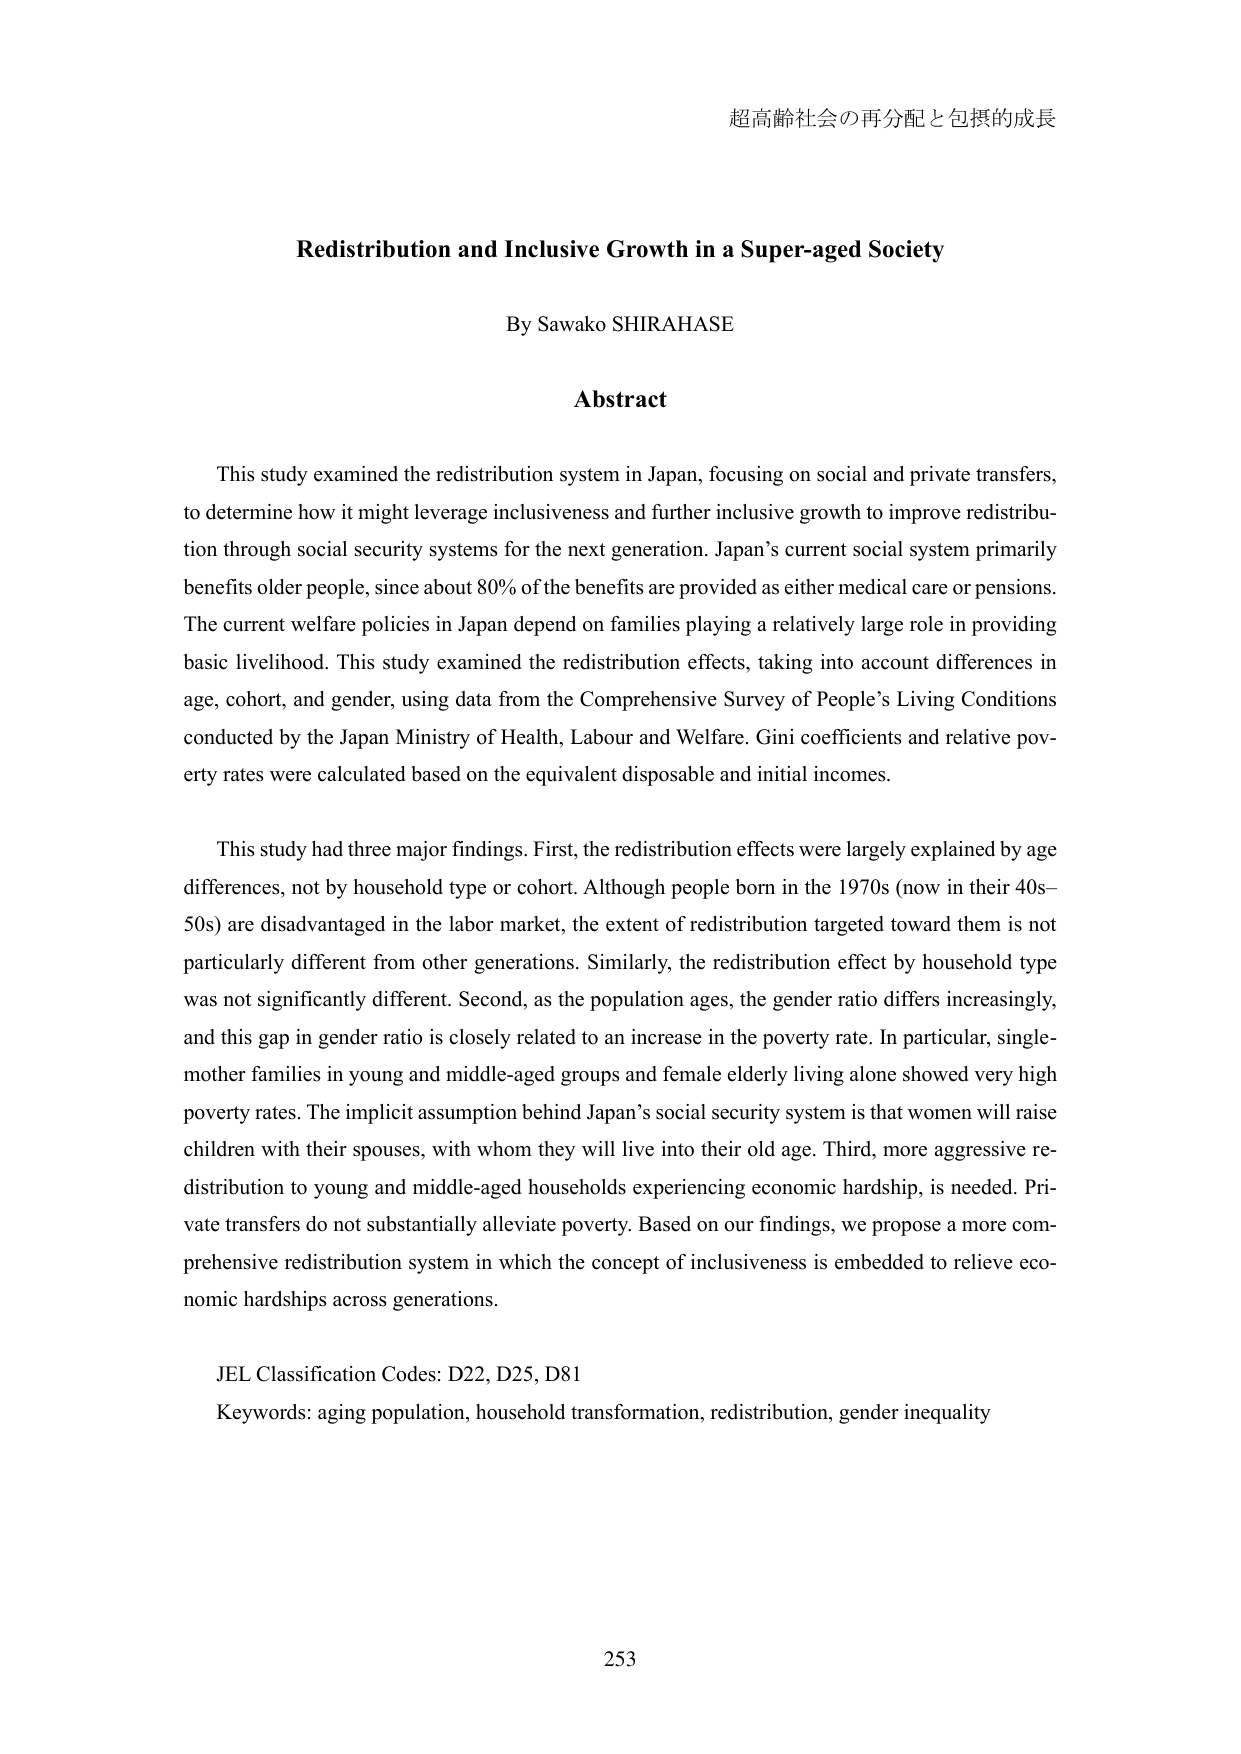
超高齢社会の再分配と包摂的成長

Redistribution and Inclusive Growth in a Super-aged Society

By Sawako SHIRAHASE

Abstract

This study examined the redistribution system in Japan, focusing on social and private transfers, to determine how it might leverage inclusiveness and further inclusive growth to improve redistribution through social security systems for the next generation. Japan’s current social system primarily benefits older people, since about 80% of the benefits are provided as either medical care or pensions. The current welfare policies in Japan depend on families playing a relatively large role in providing basic livelihood. This study examined the redistribution effects, taking into account differences in age, cohort, and gender, using data from the Comprehensive Survey of People’s Living Conditions conducted by the Japan Ministry of Health, Labour and Welfare. Gini coefficients and relative poverty rates were calculated based on the equivalent disposable and initial incomes.

This study had three major findings. First, the redistribution effects were largely explained by age differences, not by household type or cohort. Although people born in the 1970s (now in their 40s–50s) are disadvantaged in the labor market, the extent of redistribution targeted toward them is not particularly different from other generations. Similarly, the redistribution effect by household type was not significantly different. Second, as the population ages, the gender ratio differs increasingly, and this gap in gender ratio is closely related to an increase in the poverty rate. In particular, single-mother families in young and middle-aged groups and female elderly living alone showed very high poverty rates. The implicit assumption behind Japan’s social security system is that women will raise children with their spouses, with whom they will live into their old age. Third, more aggressive redistribution to young and middle-aged households experiencing economic hardship, is needed. Private transfers do not substantially alleviate poverty. Based on our findings, we propose a more comprehensive redistribution system in which the concept of inclusiveness is embedded to relieve economic hardships across generations.

JEL Classification Codes: D22, D25, D81
Keywords: aging population, household transformation, redistribution, gender inequality

253